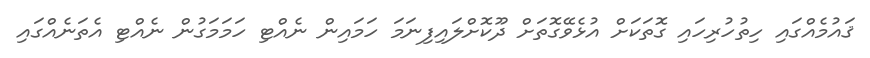
ޤައުމެއްގައި ހިތުހުރިހައި ގޮތަކަށް އުޅެވޭގޮތަށް ދޫކޮށްލައިފިނަމަ ހަމައިން ނެއްޓި ހަމަމަގުން ނެއްޓި އެތަނެއްގައި